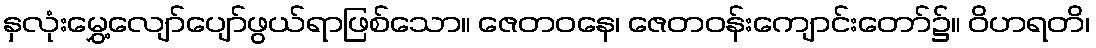
နှလုံးမွှေ့လျော်ပျော်ဖွယ်ရာဖြစ်သော။ ဇေတဝနေ၊ ဇေတဝန်းကျောင်းတော်၌။ ဝိဟရတိ၊